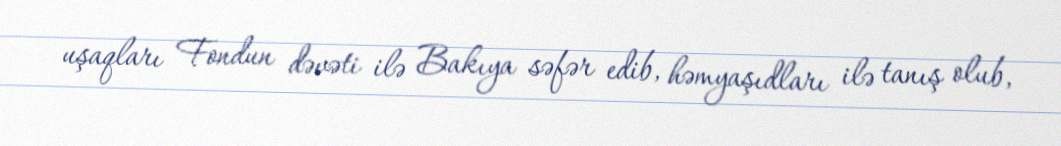
uşaqları Fondun dəvəti ilə Bakıya səfər edib, həmyaşıdları ilə tanış olub,